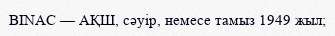
BINAC — АҚШ, сәуір, немесе тамыз 1949 жыл;